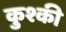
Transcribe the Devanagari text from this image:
कुश्की